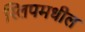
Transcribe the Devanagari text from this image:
स्लिपमधील